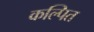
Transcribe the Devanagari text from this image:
कल्‍पित